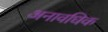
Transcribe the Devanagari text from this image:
अनावधिक